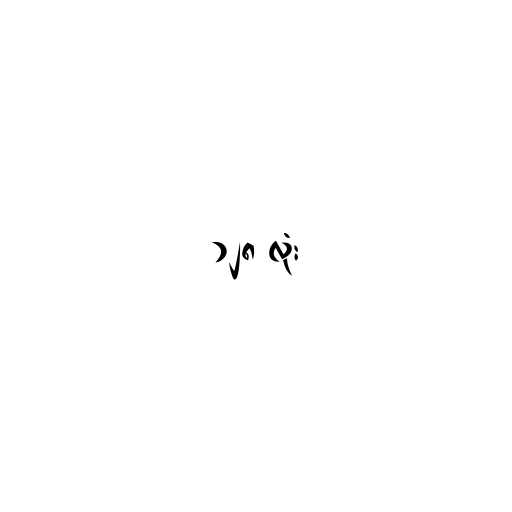
၁၂၈ လုံး